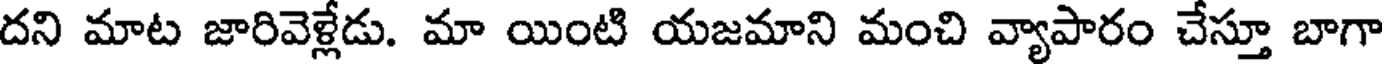
దని మాట జారివెళ్లేడు. మా యింటి యజమాని మంచి వ్యాపారం చేస్తూ బాగా